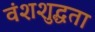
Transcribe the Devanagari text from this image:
वंशशुद्धता